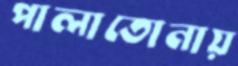
পালাতোনায়